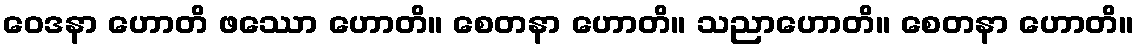
ဝေဒနာ ဟောတိ ဖဿော ဟောတိ။ စေတနာ ဟောတိ။ သညာဟောတိ။ စေတနာ ဟောတိ။